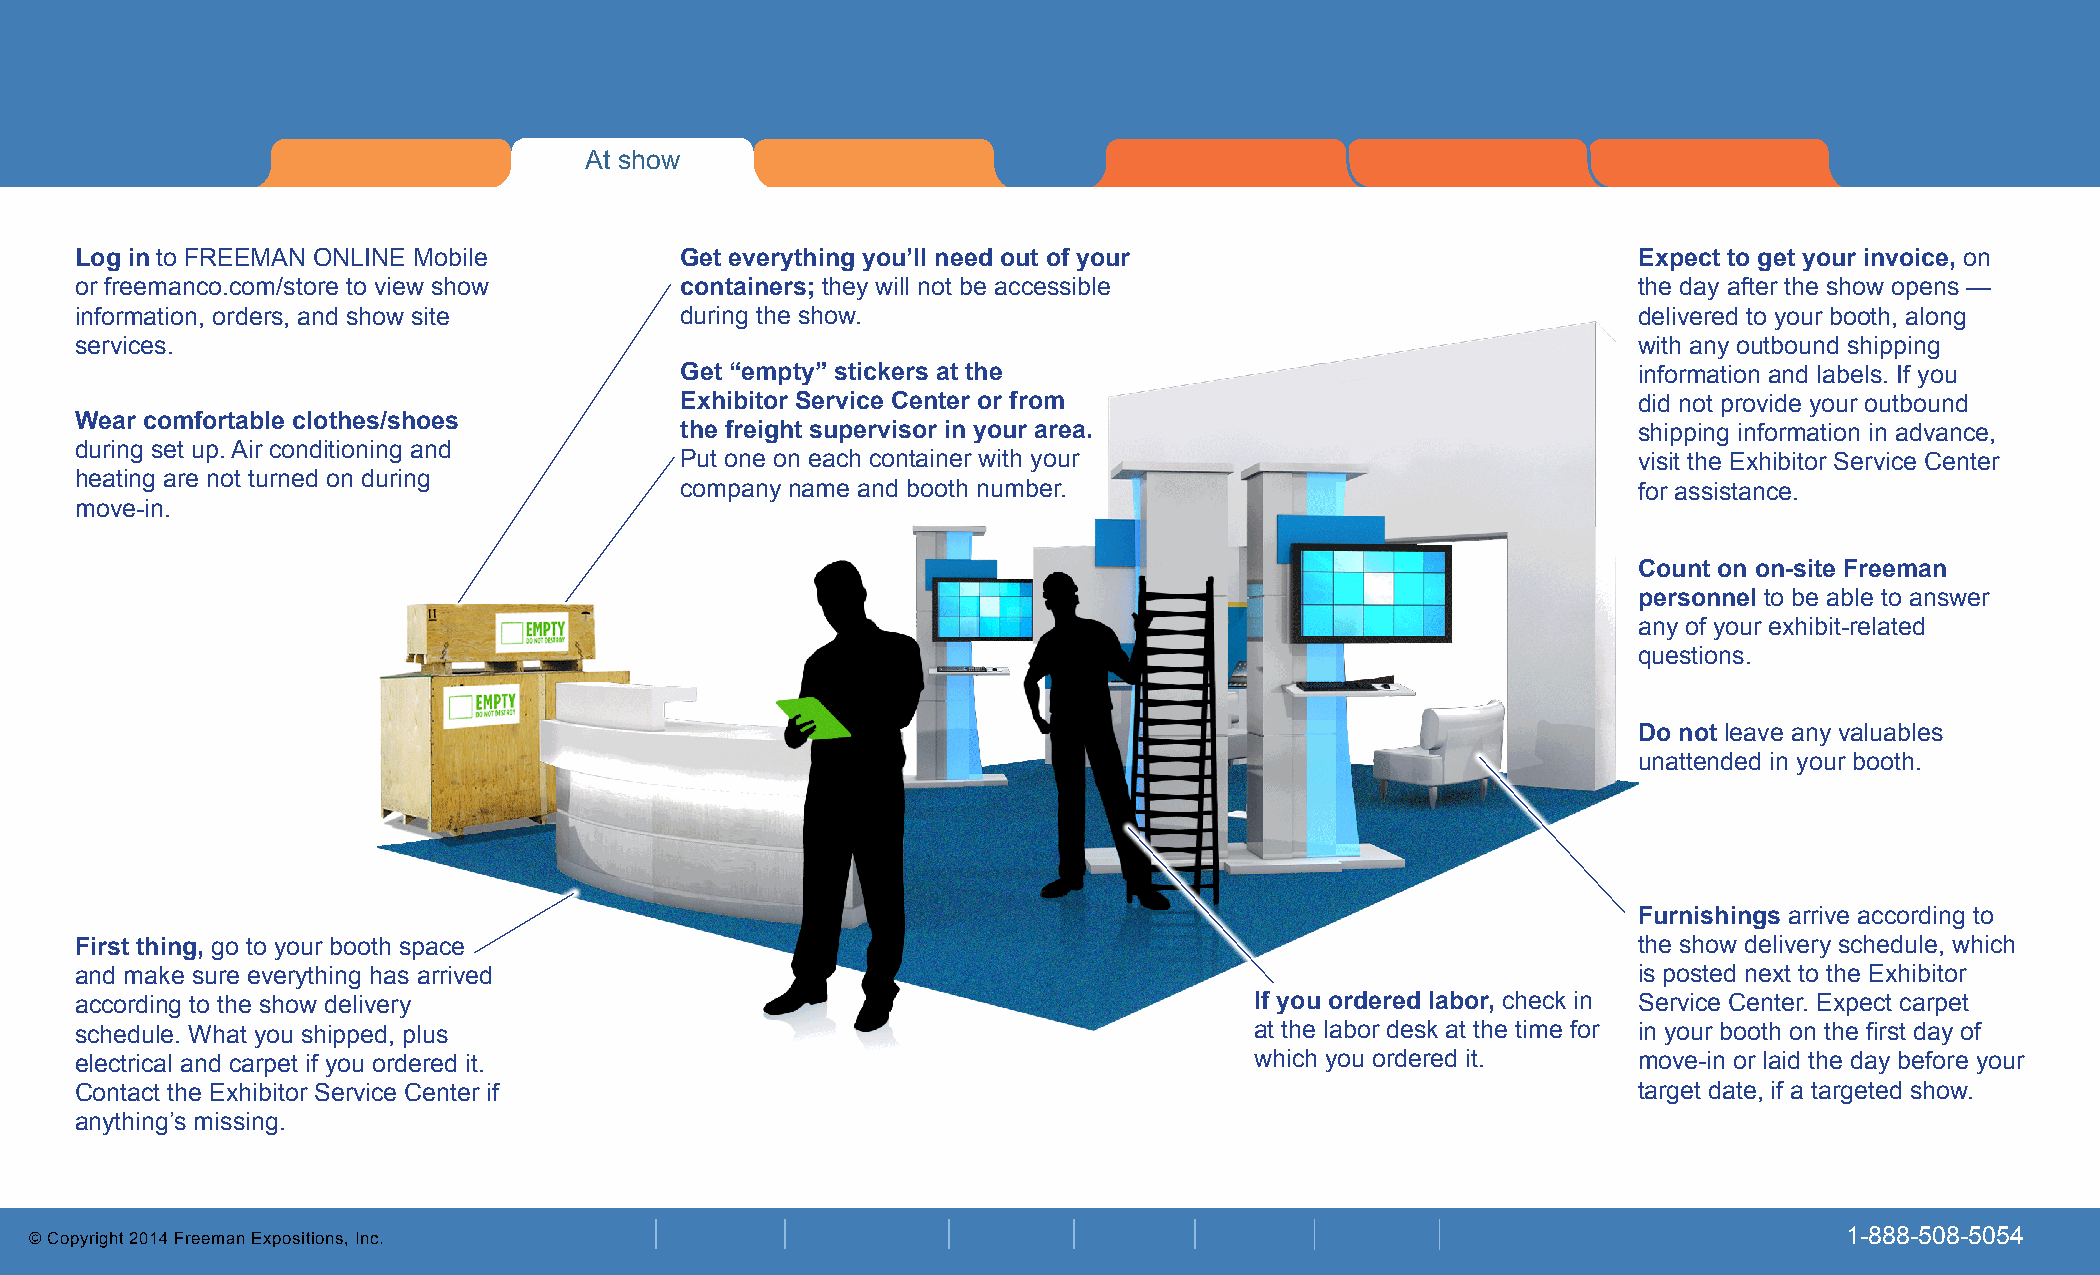
At show
 At show
 Log in to FREEMAN ONLINE Mobile         Get everything you’ll need out of your                         Expect to get your invoice, on
 or freemanco.com/store to view show     containers; they will not be accessible                        the day after the show opens —
 information, orders, and show site      during the show.                                               delivered to your booth, along
 services.                                                                                              with any outbound shipping
 Get “empty” stickers at the                                    information and labels. If you
 Exhibitor Service Center or from                               did not provide your outbound
 Wear comfortable clothes/shoes
 the freight supervisor in your area.                           shipping information in advance,
 during set up. Air conditioning and
 Put one on each container with your                            visit the Exhibitor Service Center
 heating are not turned on during
 company name and booth number.                                 for assistance.
 move-in.
 Count on on-site Freeman
 personnel to be able to answer
 any of your exhibit-related
 questions.
 Do not leave any valuables
 unattended in your booth.
 Furnishings arrive according to
 First thing, go to your booth space                                                                    the show delivery schedule, which
 and make sure everything has arrived                                                                   is posted next to the Exhibitor
 according to the show delivery                                                If you ordered labor, check in Service Center. Expect carpet
 schedule. What you shipped, plus                                              at the labor desk at the time for in your booth on the first day of
 electrical and carpet if you ordered it.                                      which you ordered it.    move-in or laid the day before your
 Contact the Exhibitor Service Center if                                                                target date, if a targeted show.
 anything’s missing.
 © Copyright 2014 Freeman Expositions, Inc.                                                                              1-888-508-5054